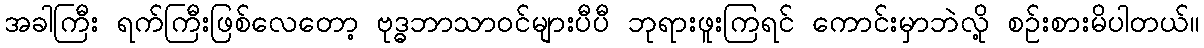
အခါကြီး ရက်ကြီးဖြစ်လေတော့ ဗုဒ္ဓဘာသာဝင်များပီပီ ဘုရားဖူးကြရင် ကောင်းမှာဘဲလို့ စဉ်းစားမိပါတယ်။